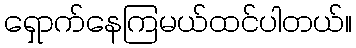
ရှောက်နေကြမယ်ထင်ပါတယ်။